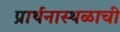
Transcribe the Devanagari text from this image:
प्रार्थनास्थळाची